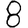
Digit: 8